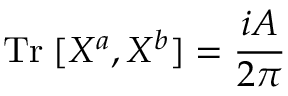
\mathrm { T r } \; [ X ^ { a } , X ^ { b } ] = \frac { i A } { 2 \pi }